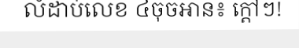
លំដាប់លេខ ៤ចុចអាន៖ ក្តៅៗ!